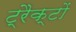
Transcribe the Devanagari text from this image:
ट्रैक्टों